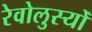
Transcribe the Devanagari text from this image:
रेवोलुस्योँ